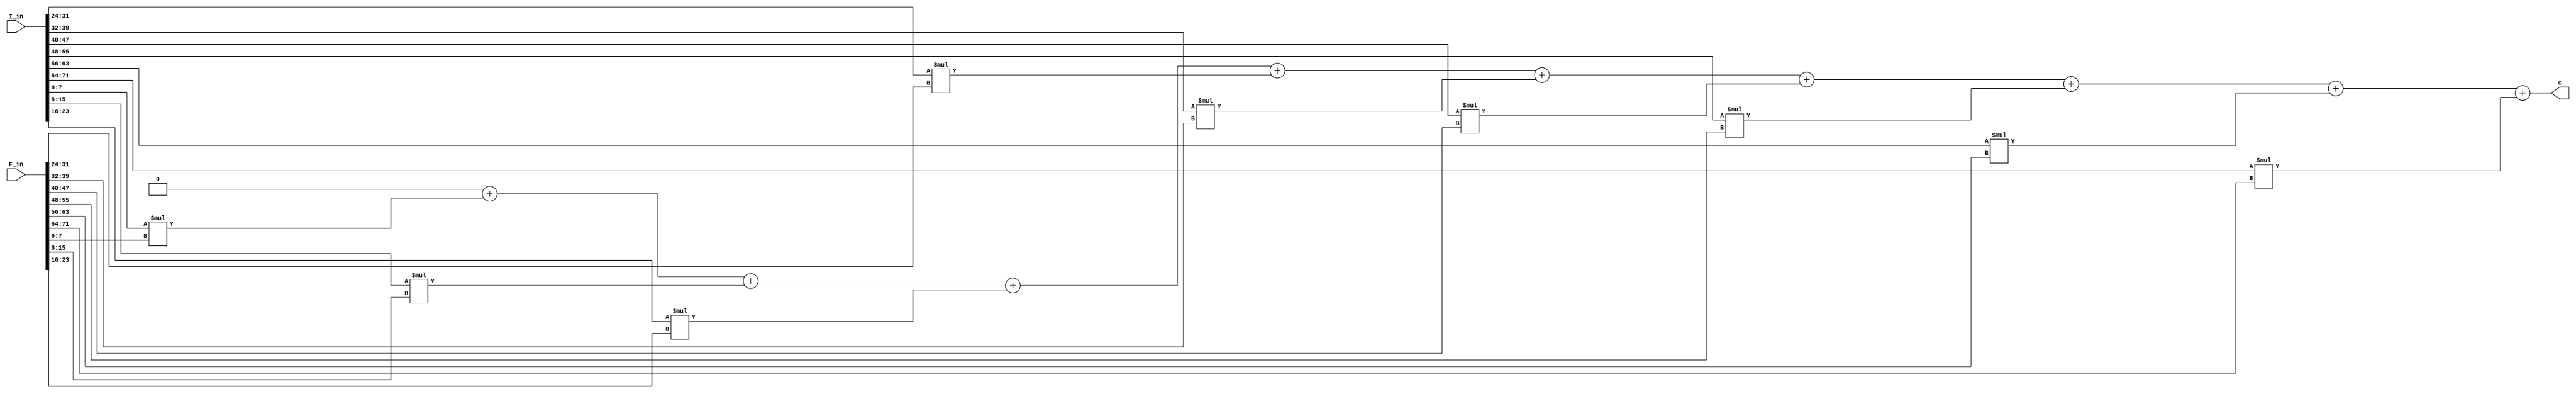

`timescale 1ns / 1ps

module conv (I_in, F_in, c);

	parameter N = 8;							// Data Width
	parameter M_AW = 13;						// Address Width -> Image memory
	parameter F_AW = 4;						// Address Width -> Filter memory
	parameter FIL = 3;
	parameter IMG = 28;
	parameter OUT = FIL*FIL*N;
	
	input [OUT-1:0] F_in, I_in;
	output reg [N-1:0] c;
	integer i, j;
	always @ (*)
	begin
		c = 0;
		for (i = 0; i < FIL; i = i + 1)
		begin
			for (j = 0; j < FIL; j = j + 1)
			begin
				c = c + (I_in[((FIL*i) + j)*N +: N])*(F_in[((FIL*i) + j)*N +: N]);
			end
		end
	end
	
endmodule